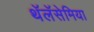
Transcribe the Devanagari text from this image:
थॅलॅसेमिया